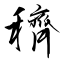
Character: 穧